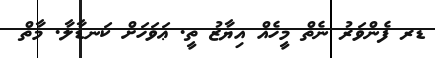
ޑރ ފެންވަރު ނެތް މީހެއް އިޔާޒު ތީ. ޢަވަހަށް ކަނޑާލާ. މާތް